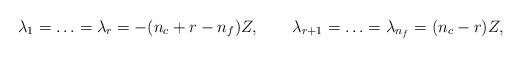
LaTeX: \begin{align*}\lambda_1=\ldots =\lambda_r= -(n_{c}+r-n_{f}) Z, \qquad \lambda_{r+1}=\ldots =\lambda_{n_f} = (n_{c}-r) Z,\end{align*}